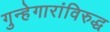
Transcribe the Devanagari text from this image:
गुन्हेगारांविरुद्ध